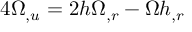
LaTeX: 4 \Omega _ { , u } = 2 h \Omega _ { , r } - \Omega h _ { , r }